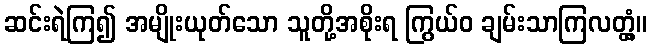
ဆင်းရဲကြ၍ အမျိုးယုတ်သော သူတို့အစိုးရ ကြွယ်ဝ ချမ်းသာကြလတ္တံ့။